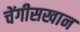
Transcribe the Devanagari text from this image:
चेंगीसखान